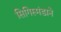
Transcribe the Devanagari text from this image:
सिगिस्मंडाने